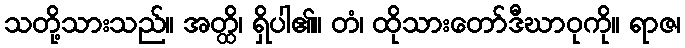
သတို့သားသည်။ အတ္ထိ၊ ရှိပါ၏။ တံ၊ ထိုသားတော်ဒီဃာဝုကို။ ရာဇ၊